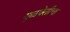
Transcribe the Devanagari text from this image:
गुळवेलीचा